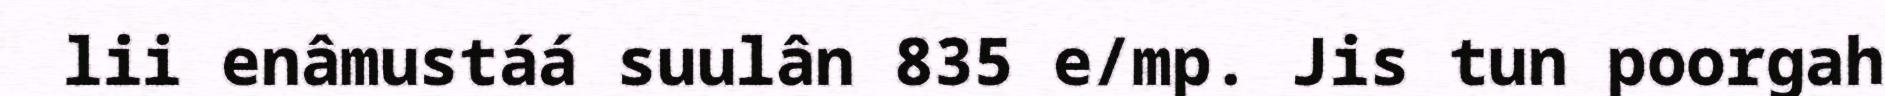
lii enâmustáá suulân 835 e/mp. Jis tun poorgah